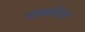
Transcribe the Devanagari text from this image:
पजनेरा